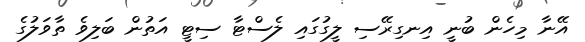
އޭނާ މިހެން ބުނީ އިނގިރޭސި ލީގުގައި ލެސްޓާ ސިޓީ އަތުން ބަލިވެ ތާވަލުގެ